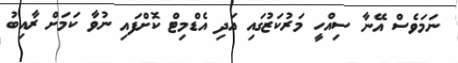
ނަމަވެސް އޭނާ ސިއްހީ މަރުކަޒުގައި އަދި އެޑްމިޓް ކޮށްފައި ނުވާ ކަމަށް ރާއިބު